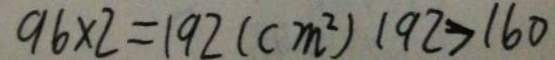
9 6 \times 2 = 1 9 2 ( c m ^ { 2 } ) 1 9 2 > 1 6 0